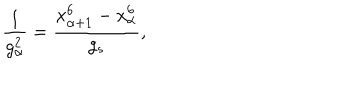
\frac { 1 } { g _ { \alpha } ^ { 2 } } = \frac { x _ { \alpha + 1 } ^ { 6 } - x _ { \alpha } ^ { 6 } } { g _ { s } } ,